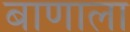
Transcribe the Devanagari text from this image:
बाणाला